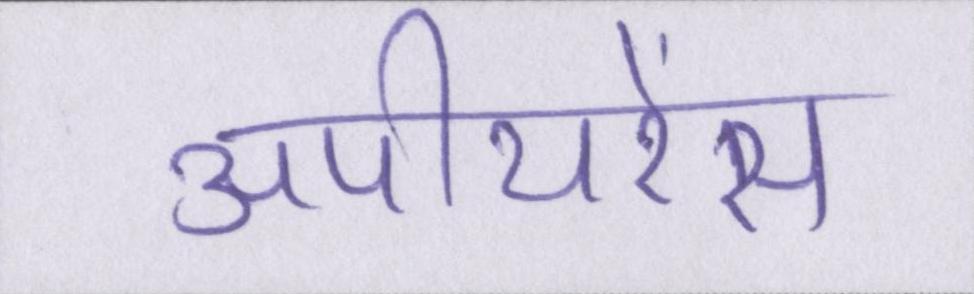
अपीयरेंस